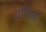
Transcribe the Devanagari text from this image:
ग्रथियाँ